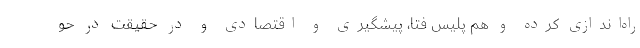
راه‌اندازی کرده و هم پلیس فتا، پیشگیری و اقتصادی و در حقیقت در حو